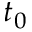
t _ { 0 }